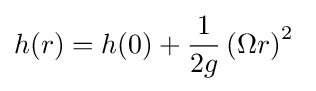
h(r)=h(0)+{\frac {1}{2g}}\left(\Omega r\right)^{2}\